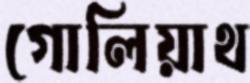
গোলিয়াথ